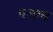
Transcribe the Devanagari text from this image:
पञाब